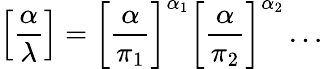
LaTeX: \left[{\frac{\alpha}{\lambda}}\right]=\left[{\frac{\alpha}{\pi_{1}}}\right]^{\alpha_{1}}\left[{\frac{\alpha}{\pi_{2}}}\right]^{\alpha_{2}}\dots